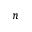
n